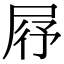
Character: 𡱣